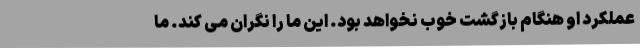
عملکرد او هنگام بازگشت خوب نخواهد بود. این ما را نگران می کند. ما